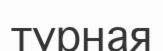
турная